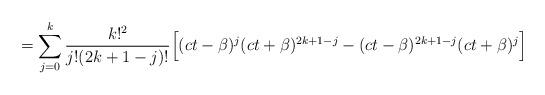
LaTeX: \begin{align*}= \sum_{j=0}^k \frac{k!^2}{j!(2k+1-j)!}\Bigl[(ct-\beta)^{j}(ct+\beta)^{2k+1-j}-(ct-\beta)^{2k+1-j}(ct+\beta)^{j} \Bigr]\end{align*}